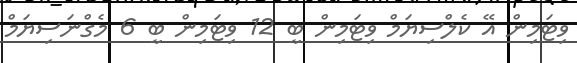
ވިޓަމިން އޭ ކެލްސިޔަމް ވިޓަމިން ބީ 12 ވިޓަމިން ބީ 6 މެގްނަސިޔަމް